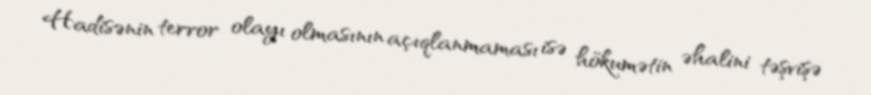
Hadisənin terror olayı olmasının açıqlanmaması isə hökumətin əhalini təşvişə